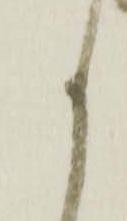
く